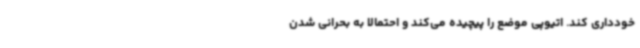
خودداری کند. اتیوپی موضع را پیچیده می‌کند و احتمالا به بحرانی شدن